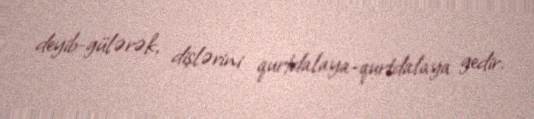
deyib-gülərək, dişlərini qurtdalaya-qurtdalaya gedir.